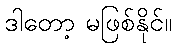
ဒါတော့ မဖြစ်နိုင်။